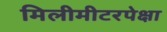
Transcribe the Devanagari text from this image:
मिलीमीटरपेक्षा